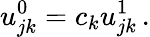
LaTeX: u_{jk}^{0}=c_{k}u_{jk}^{1}\, .